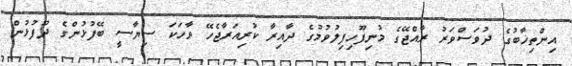
އިންތިޚާބުގެ ދުވަސްވަރު ރާއްޖޭގެ މުނިފޫހިފިލުވުމުގެ ދާއިރާ ކުރިއަރާޖެހޭ ވާހަކަ ސިޔާސީ ބޭފުޅުންގެ ދޫފުޅުން